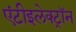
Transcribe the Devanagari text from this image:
एंटीइलेक्ट्रॉन